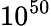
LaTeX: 10^{50}